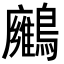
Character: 𪇛